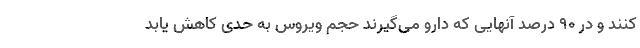
کنند و در ۹۰ درصد آنهایی که دارو می‌گیرند حجم ویروس به حدی کاهش یابد